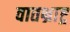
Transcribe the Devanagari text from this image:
वातभ्राष्ट्र